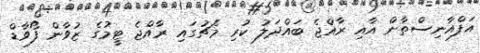
އަފްއާނިސްތާން އާއި ރާއްޖެ ބައްދަލު ކުރި މެޗުގައި ރާއްޖެ ޓީމުގެ ޒުވާން ފޯވާޑް